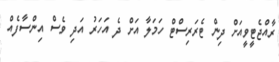
ރާއްޖެޓީވީއަށް ދިން ޓެރަރިސްޓް ހަމަލާ އަށް ދެ އަހަރު އަދި ވެސް އިންސާފެއް